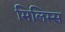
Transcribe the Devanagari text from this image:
मिलिम्स